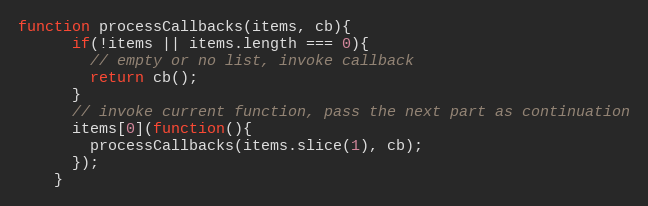
Language: JavaScript
function processCallbacks(items, cb){
      if(!items || items.length === 0){
        // empty or no list, invoke callback
        return cb();
      }
      // invoke current function, pass the next part as continuation
      items[0](function(){
        processCallbacks(items.slice(1), cb);
      });
    }